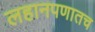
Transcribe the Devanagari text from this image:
लहानपणातच